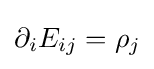
\partial _{i}E_{ij}=\rho _{j}